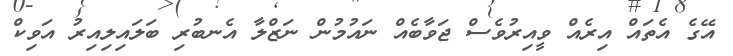
އޭގެ އެތައް އިރެއް ވީއިރުވެސް ޖަވާބެއް ނައުމުން ނަޒްލާ އެނބުރި ބަލައިލިއިރު އަވިކް